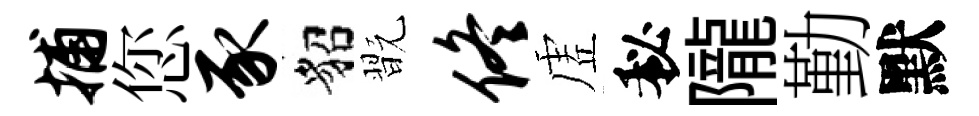
捕您豕貂翫佟虗秘隴勤默